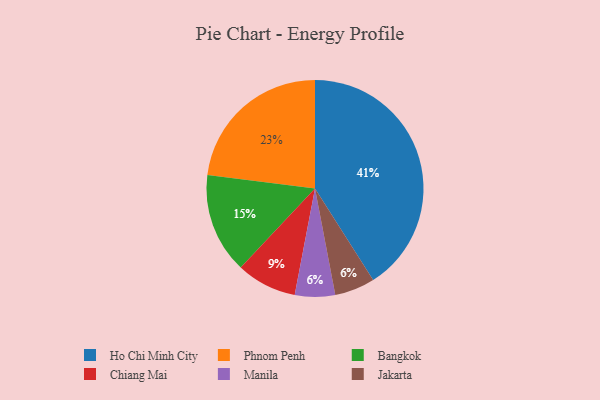
{"axis": {"x": "Category", "y": "Percentage"}, "legend": ["Bangkok", "Chiang Mai", "Ho Chi Minh City", "Jakarta", "Manila", "Phnom Penh"], "data": [{"x": "Ho Chi Minh City", "y": 41, "type": "Ho Chi Minh City"}, {"x": "Chiang Mai", "y": 9, "type": "Chiang Mai"}, {"x": "Manila", "y": 6, "type": "Manila"}, {"x": "Bangkok", "y": 15, "type": "Bangkok"}, {"x": "Jakarta", "y": 6, "type": "Jakarta"}, {"x": "Phnom Penh", "y": 23, "type": "Phnom Penh"}]}